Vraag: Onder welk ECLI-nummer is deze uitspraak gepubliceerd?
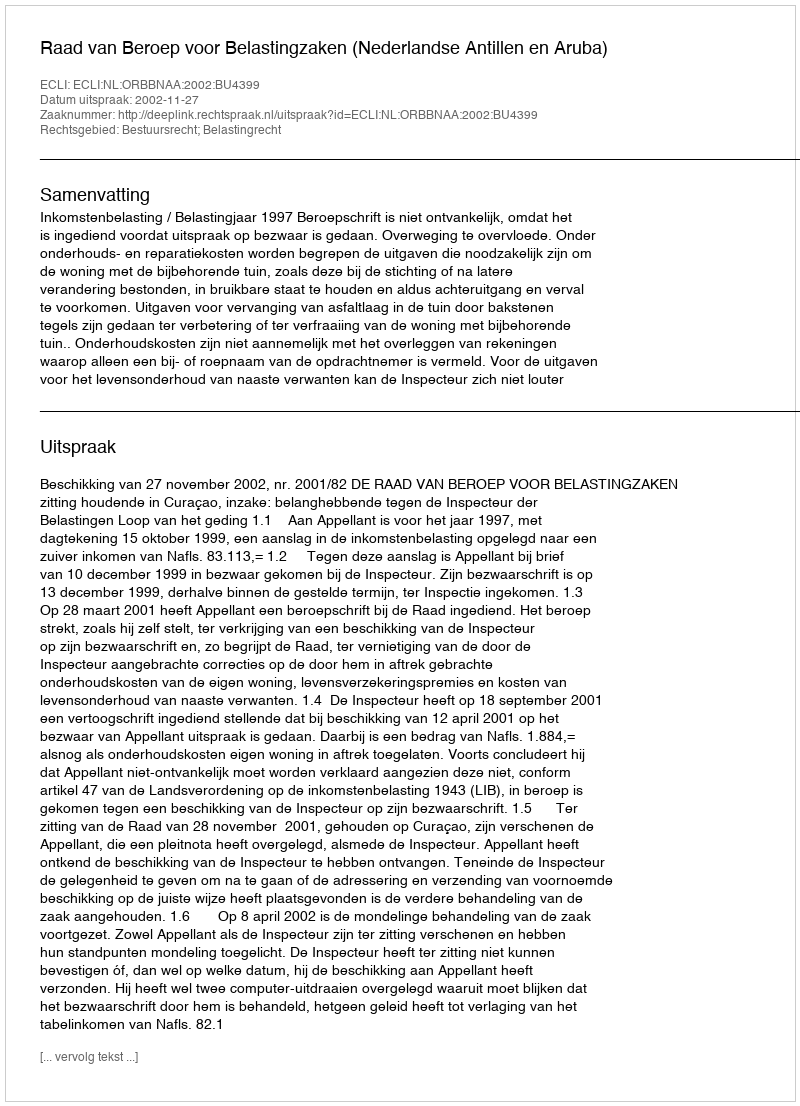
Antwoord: ECLI:NL:ORBBNAA:2002:BU4399